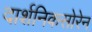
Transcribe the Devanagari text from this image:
दार्शनिकसोरेन